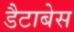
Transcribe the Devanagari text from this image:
डैटाबेस